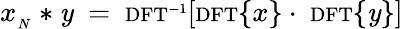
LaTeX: x_{_{N}}*\mathit{y}\ =\ \scriptstyle\mathrm{{{DFT}}}^{-1}\displaystyle\left[\scriptstyle\mathrm{{{DFT}}}\displaystyle\{ x\} \cdot\ \scriptstyle\mathrm{{{DFT}}}\displaystyle\{ \mathit{y}\} \right]